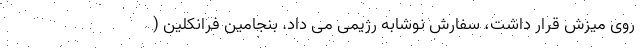
روی میزش قرار داشت، سفارش نوشابه رژیمی می داد. بنجامین فرانکلین (